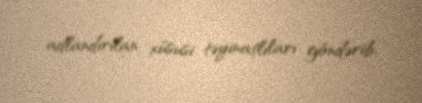
adlandırılan xüsusi təyinatlıları göndərib.